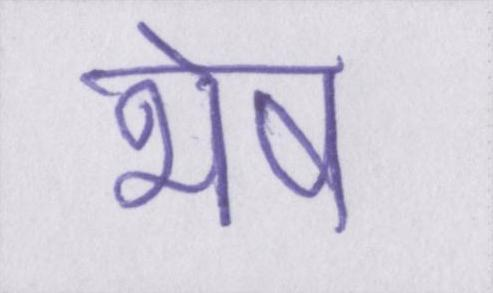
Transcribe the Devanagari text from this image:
भेष